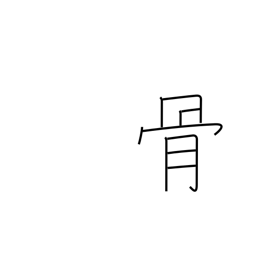
Meaning: remains